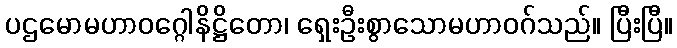
ပဌမောမဟာဝဂ္ဂေါနိဋ္ဌိတော၊ ရှေးဦးစွာသောမဟာဝဂ်သည်။ ပြီးပြီ။